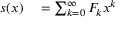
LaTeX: \begin{array} { r l } { s ( x ) } & { { } = \sum _ { k = 0 } ^ { \infty } F _ { k } x ^ { k } } \end{array}